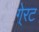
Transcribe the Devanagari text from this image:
गे्रट